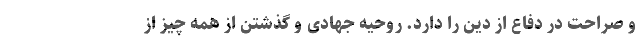
و صراحت در دفاع از دین را دارد. روحیه جهادی و گذشتن از همه چیز از